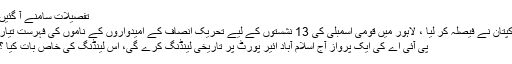
تفصیلات سامنے آ گئیں
کپتان نے فیصلہ کر لیا ، لاہور میں قومی اسمبلی کی 13 نشستوں کے لیے تحریک انصاف کے امیدواروں کے ناموں کی فہرست تیار
پی آئی اے کی ایک پرواز آج اسلام آباد ائیر پورٹ پر تاریخی لینڈنگ کرے گی، اس لینڈنگ کی خاص بات کیا ؟